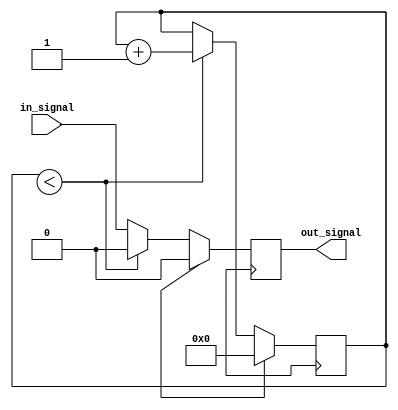
module Buffer_Delay (
    input wire in_signal,
    output reg out_signal
);

reg [31:0] delay_count;

always @ (posedge clk) begin
    if (reset) begin
        delay_count <= 0;
        out_signal <= 0;
    end else begin
        if (delay_count < DELAY_VALUE) begin
            delay_count <= delay_count + 1;
            out_signal <= 0;
        end else begin
            out_signal <= in_signal;
        end
    end
end

endmodule